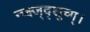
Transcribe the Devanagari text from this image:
न्च्क्ष्ज्द्शूच्ग्।